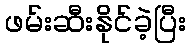
ဖမ်းဆီးနိုင်ခဲ့ပြီး